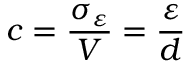
c = { \frac { \sigma _ { \varepsilon } } { V } } = { \frac { \varepsilon } { d } }